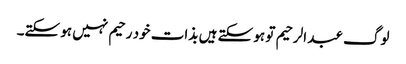
لوگ عبد الرحیم تو ہو سکتے ہیں بذات خود رحیم نہیں ہو سکتے۔